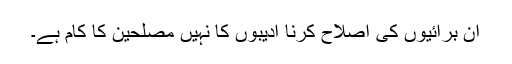
ان برائیوں کی اصلاح کرنا ادیبوں کا نہیں مصلحین کا کام ہے۔